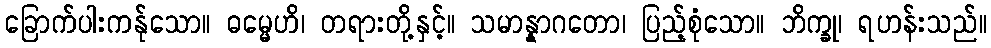
ခြောက်ပါးကန်ုသော။ ဓမ္မေဟိ၊ တရားတို့နှင့်။ သမာန္နာဂတော၊ ပြည့်စုံသော။ ဘိက္ခု၊ ရဟန်းသည်။